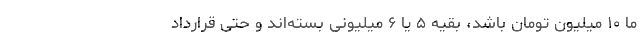
ما ۱۰ میلیون تومان باشد، بقیه ۵ یا ۶ میلیونی بسته‌اند و حتی قرارداد